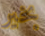
بخير